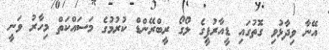
އޭނާ ވިދާޅުވި ގޮތުގައި ޑީއާރުޕީގެ ލޯގޯ ރީބްރޭންޑް ކުރުމުގެ މަސައްކަތް މިހާރު ވަނީ